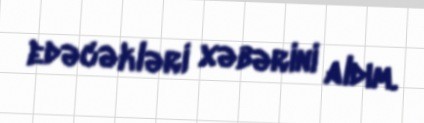
edəcəkləri xəbərini aldım.